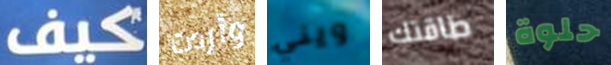
كيف وأردت ويني طاقتك حلوة